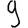
Digit: 9